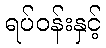
ရပ်ဝန်းနှင့်